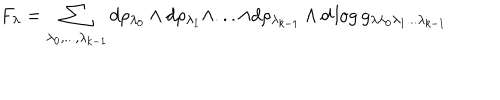
F _ { \lambda } = \sum _ { \lambda _ { 0 } , . . . , \lambda _ { k - 1 } } d \rho _ { \lambda _ { 0 } } \wedge d \rho _ { \lambda _ { 1 } } \wedge . . . \wedge d \rho _ { \lambda _ { k - 1 } } \wedge d \log g _ { \lambda \lambda _ { 0 } \lambda _ { 1 } . . . \lambda _ { k - 1 } }